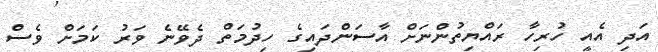
އަދި އެއީ ހުރިހާ ރައްޔިތުންނަށް އާސަންދައިގެ ހިދުމަތް ދެވޭނެ ވަރު ކަމަށް ވެސް